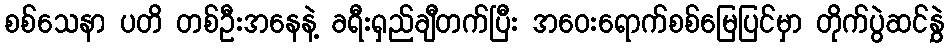
စစ်သေနာ ပတိ တစ်ဦးအနေနဲ့ ခရီးရှည်ချီတက်ပြီး အဝေးရောက်စစ်မြေပြင်မှာ တိုက်ပွဲဆင်နွှဲ